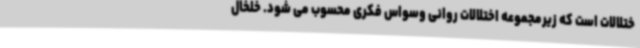
ختلالات است که زیرمجموعه اختلالات روانی وسواس فکری محسوب می شود. خلخال